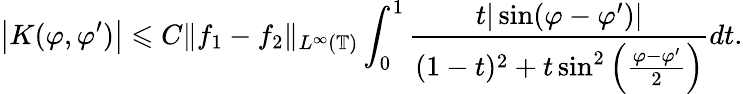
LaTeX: \big|K(\varphi,\varphi^{\prime})\big|\leqslant C\| f_{1}-f_{2}\| _{L^{\infty}(\mathbb{T})}\int_{0}^{1}\frac{t|\sin(\varphi-\varphi^{\prime})|}{(1-t)^{2}+t\sin^{2}\left(\frac{\varphi-\varphi^{\prime}}{2}\right)}dt.